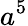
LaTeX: a^{5}